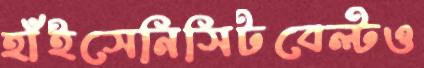
হাঁইসেনিসিটবেল্টও